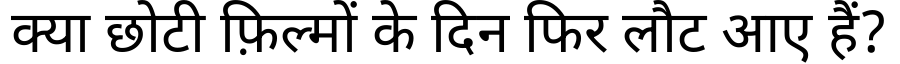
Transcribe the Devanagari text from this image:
क्या छोटी फ़िल्मों के दिन फिर लौट आए हैं?